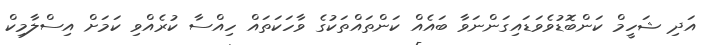
އަދި ޝަހީމް ކަންބޮޑުވެވަޑައިގަންނަވާ ބައެއް ކަންތައްތަކުގެ ވާހަކަތައް ހިއްސާ ކުރެއްވި ކަމަށް އިސްލާމިކް